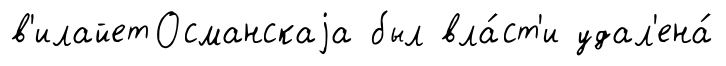
в'илайетОсманскаjа был вла́ст'и удал'ена́